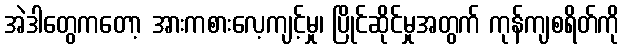
အဲဒါတွေကတော့ အားကစားလေ့ကျင့်မှု၊ ပြိုင်ဆိုင်မှုအတွက် ကုန်ကျစရိတ်ကို